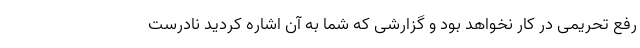
رفع تحریمی در کار نخواهد بود و گزارشی که شما به آن اشاره کردید نادرست